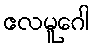
ဧလမူဂေါ